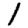
Digit: 1